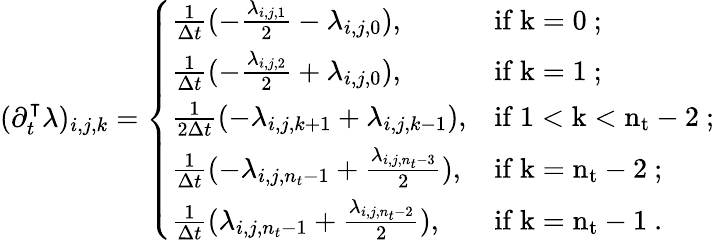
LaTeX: \begin{array}{r}{(\partial_{t}^{\intercal}\lambda)_{i,j,k}=\left\{ \begin{array}{ll}{\frac{1}{\Delta t}(-\frac{\lambda_{i,j,1}}{2}-\lambda_{i,j,0}),}&{\mathrm{if~k=0~};}\\ {\frac{1}{\Delta t}(-\frac{\lambda_{i,j,2}}{2}+\lambda_{i,j,0}),}&{\mathrm{if~k=1~};}\\ {\frac{1}{2\Delta t}(-\lambda_{i,j,k+1}+\lambda_{i,j,k-1}),}&{\mathrm{if~1<k<n_t-2~};}\\ {\frac{1}{\Delta t}(-\lambda_{i,j,n_{t}-1}+\frac{\lambda_{i,j,n_{t}-3}}{2}),}&{\mathrm{if~k=n_t-2~};}\\ {\frac{1}{\Delta t}(\lambda_{i,j,n_{t}-1}+\frac{\lambda_{i,j,n_{t}-2}}{2}),}&{\mathrm{if~k=n_t-1~}.}\end{array}\right.}\end{array}